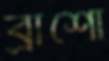
ব্রাশো